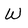
Character: W